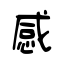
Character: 感